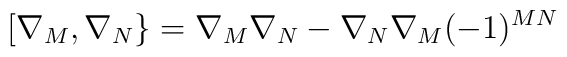
[\nabla_M,\nabla_N\} = \nabla_M\nabla_N-\nabla_N\nabla_M(-1)^{MN}